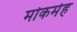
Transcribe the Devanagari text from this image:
मोकमेह